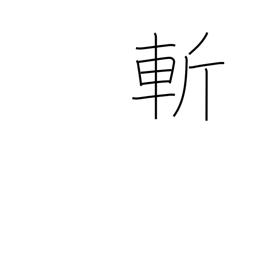
Meaning: kill